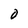
Character: 0